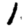
Digit: 1